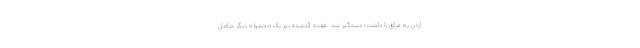
اردن به عراق را داشت؛ دستگیر شد. هفته گذشته نیز یک محموله دیگر شامل